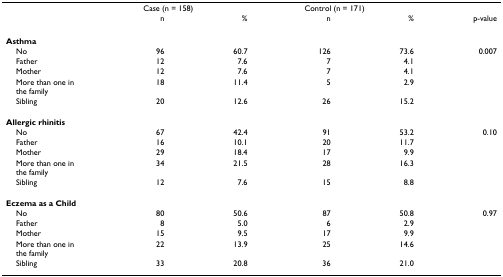
|  | <COLSPAN=2> Case (n = 158) | <COLSPAN=2> Control (n = 171) |  |
 |  | n | % | n | % | p-value |
 | --- | --- | --- | --- | --- | --- |
 | Asthma |  |  |  |  |  |
 | No | 96 | 60.7 | 126 | 73.6 | 0.007 |
 | Father | 12 | 7.6 | 7 | 4.1 |  |
 | Mother | 12 | 7.6 | 7 | 4.1 |  |
 | More than one in the family | 18 | 11.4 | 5 | 2.9 |  |
 | Sibling | 20 | 12.6 | 26 | 15.2 |  |
 | Allergic rhinitis |  |  |  |  |  |
 | No | 67 | 42.4 | 91 | 53.2 | 0.10 |
 | Father | 16 | 10.1 | 20 | 11.7 |  |
 | Mother | 29 | 18.4 | 17 | 9.9 |  |
 | More than one in the family | 34 | 21.5 | 28 | 16.3 |  |
 | Sibling | 12 | 7.6 | 15 | 8.8 |  |
 | Eczema as a Child |  |  |  |  |  |
 | No | 80 | 50.6 | 87 | 50.8 | 0.97 |
 | Father | 8 | 5.0 | 6 | 2.9 |  |
 | Mother | 15 | 9.5 | 17 | 9.9 |  |
 | More than one in the family | 22 | 13.9 | 25 | 14.6 |  |
 | Sibling | 33 | 20.8 | 36 | 21.0 |  |